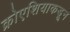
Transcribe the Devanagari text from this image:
क्रोएशियाकडून